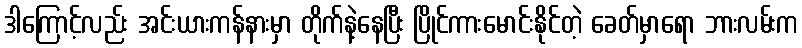
ဒါကြောင့်လည်း အင်းယားကန်နားမှာ တိုက်နဲ့နေပြီး ပြိုင်ကားမောင်းနိုင်တဲ့ ခေတ်မှာရော ဘားလမ်းက